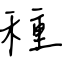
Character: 種